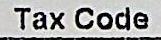
TAX CODE